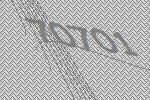
70701